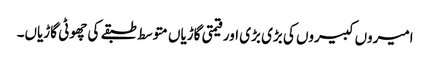
امیروں کبیروں کی بڑی بڑی اور قیمتی گاڑیاں متوسط طبقے کی چھوٹی گاڑیاں۔